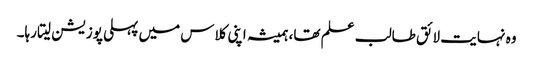
وہ نہایت لائق طالب علم تھا، ہمیشہ اپنی کلاس میں پہلی پوزیشن لیتا رہا۔